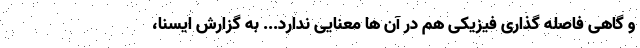
و گاهی فاصله گذاری فیزیکی هم در آن ها معنایی ندارد... به گزارش ایسنا،